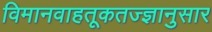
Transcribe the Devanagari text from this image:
विमानवाहतूकतज्ज्ञानुसार